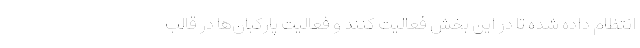
انتظام داده شده تا در این بخش فعالیت کنند و فعالیت پارکبان‌ها در قالب